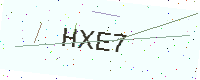
Text: HXE7